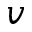
v